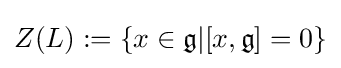
Z(L):=\{x\in {\mathfrak {g}}|[x,{\mathfrak {g}}]=0\}